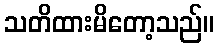
သတိထားမိတော့သည်။